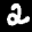
Label: 2